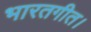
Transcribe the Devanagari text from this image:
भारतगीत।